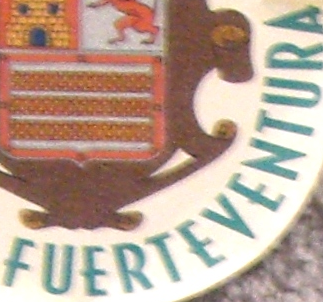
FUERTEVENTURA